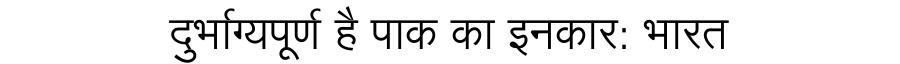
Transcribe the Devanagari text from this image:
दुर्भाग्यपूर्ण है पाक का इनकार: भारत